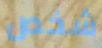
شخص